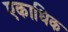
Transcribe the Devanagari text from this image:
एकाधिक